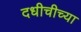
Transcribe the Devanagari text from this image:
दधीचीच्या